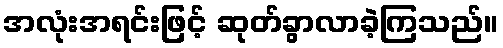
အလုံးအရင်းဖြင့် ဆုတ်ခွာလာခဲ့ကြသည်။